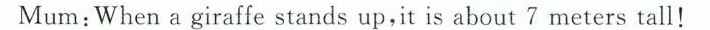
Mum:When a giraffe stands up,it is about 7 meters tall!